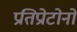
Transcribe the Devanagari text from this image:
प्रतिप्रोटोनों